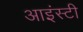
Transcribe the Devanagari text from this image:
आइंस्टी